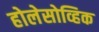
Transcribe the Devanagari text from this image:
होलेसोव्हिक